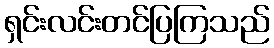
ရှင်းလင်းတင်ပြကြသည်